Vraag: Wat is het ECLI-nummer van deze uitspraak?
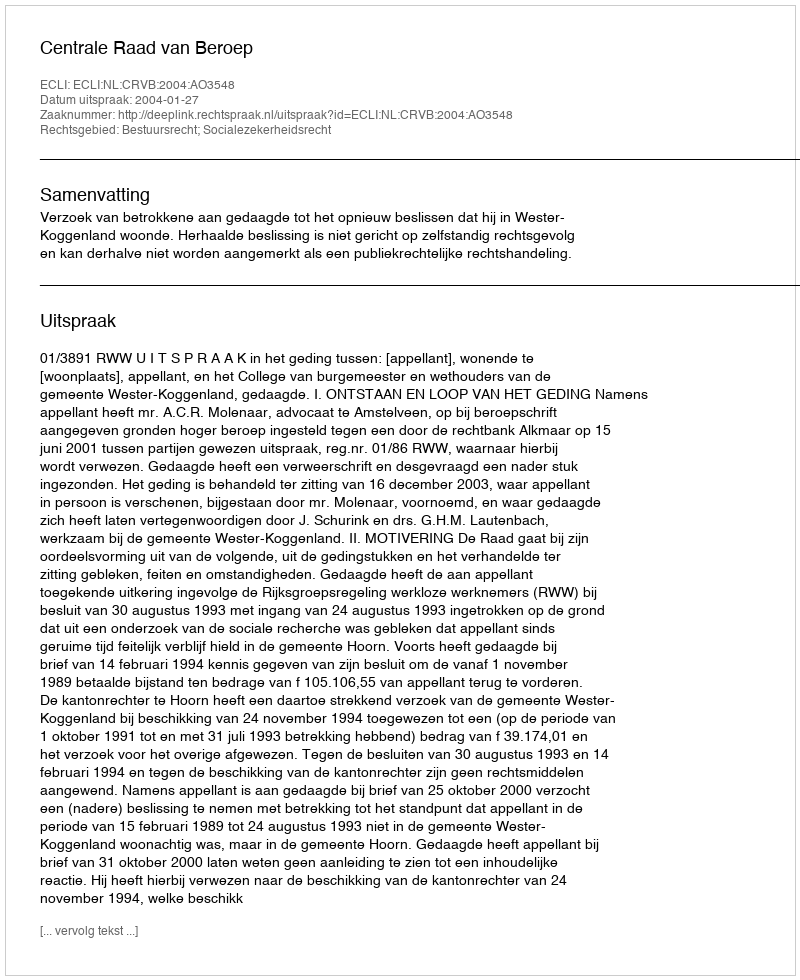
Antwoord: ECLI:NL:CRVB:2004:AO3548